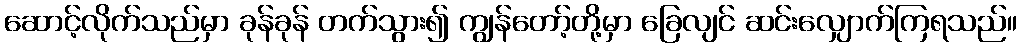
ဆောင့်လိုက်သည်မှာ ခုန်ခုန် တက်သွား၍ ကျွန်တော့်တို့မှာ ခြေလျင် ဆင်းလျှောက်ကြရသည်။